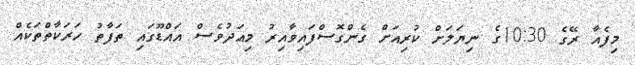
މިފެއާ ރޭގެ 10:30ގެ ނިޔަލަށް ކުރިއަށް ގެންގޮސްފައިވާއިރު މިއަދުވެސް އައްޑޫގައި ތަފާތު ހަރަކާތްތަކެއް